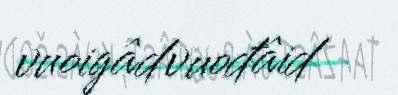
vuoigâdvuođâid